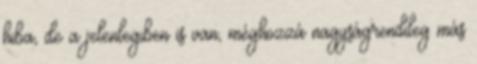
hiba, de a jelenlegiben is van, méghozzá nagyságrendileg más